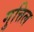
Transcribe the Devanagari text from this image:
गुत्तिल